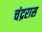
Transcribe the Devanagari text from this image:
चंद्ररास